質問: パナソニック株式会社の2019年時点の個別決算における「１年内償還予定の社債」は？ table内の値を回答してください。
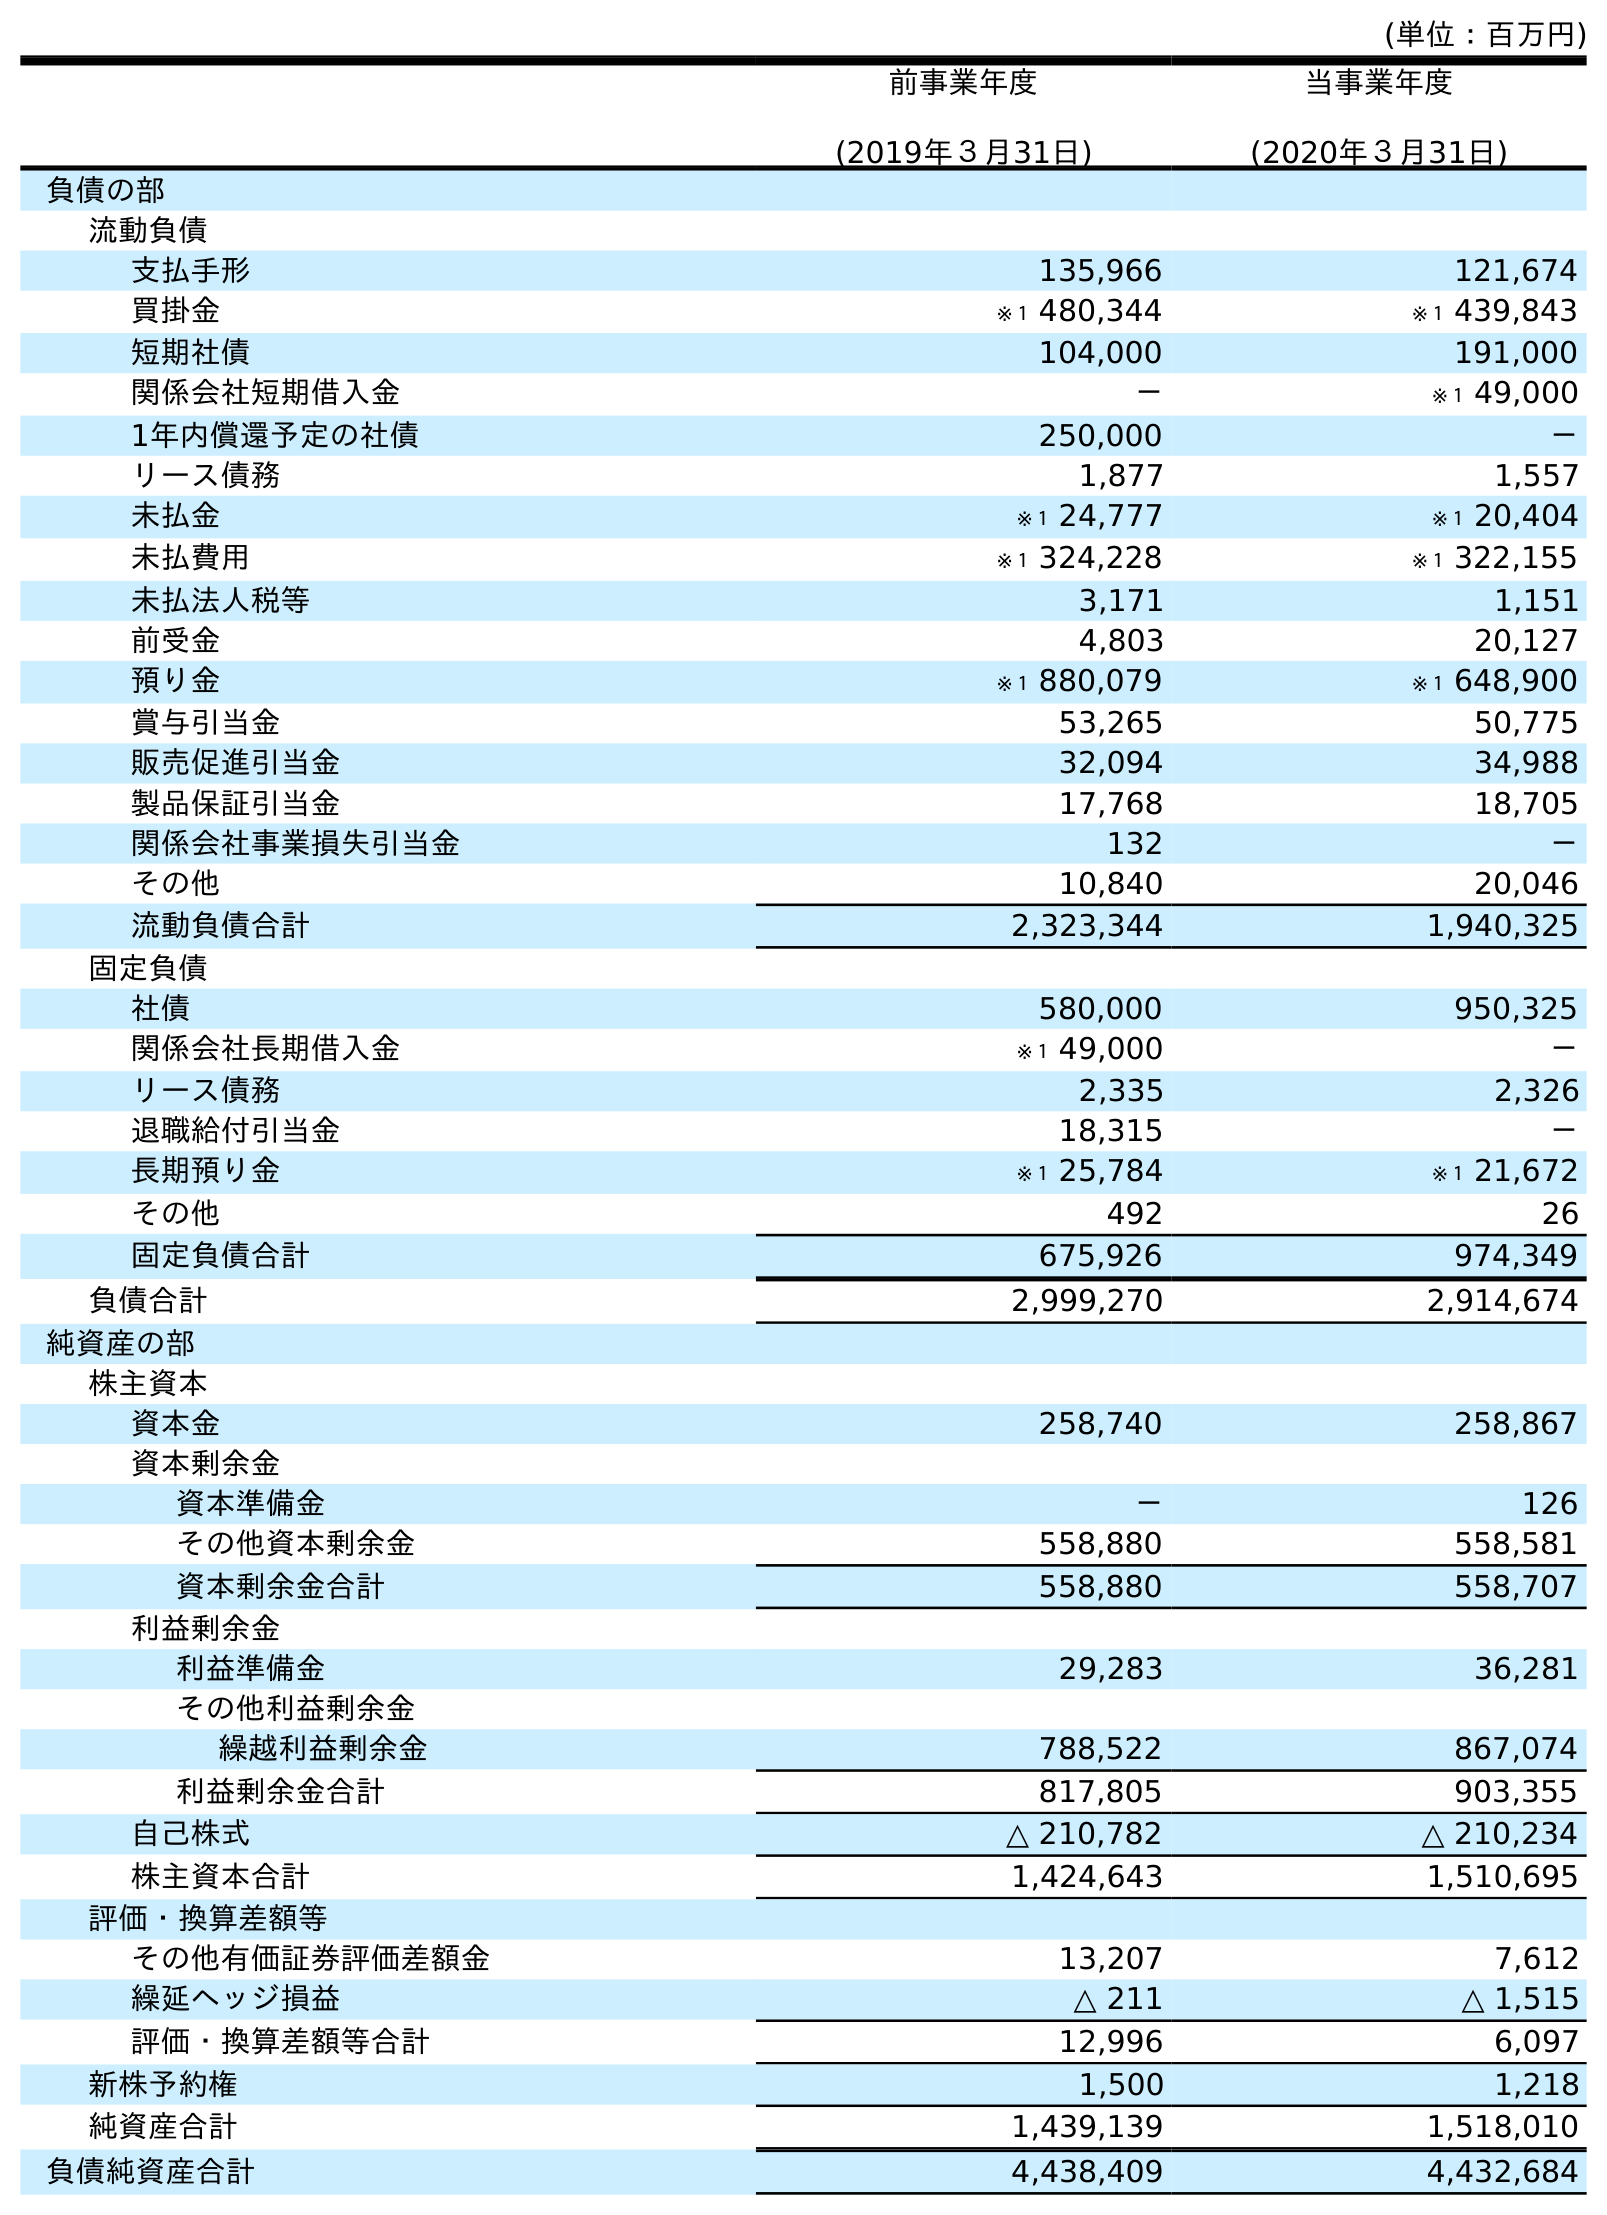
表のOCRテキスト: (単位：百万円) 前事業年度 (2019年３月31日) 当事業年度 (2020年３月31日) 負債の部 流動負債 支払手形 135,966 121,674 買掛金 ※１ 480,344 ※１ 439,843 短期社債 104,000 191,000 関係会社短期借入金 － ※１ 49,000 1年内償還予定の社債 250,000 － リース債務 1,877 1,557 未払金 ※１ 24,777 ※１ 20,404 未払費用 ※１ 324,228 ※１ 322,155 未払法人税等 3,171 1,151 前受金 4,803 20,127 預り金 ※１ 880,079 ※１ 648,900 賞与引当金 53,265 50,775 販売促進引当金 32,094 34,988 製品保証引当金 17,768 18,705 関係会社事業損失引当金 132 － その他 10,840 20,046 流動負債合計 2,323,344 1,940,325 固定負債 社債 580,000 950,325 関係会社長期借入金 ※１ 49,000 － リース債務 2,335 2,326 退職給付引当金 18,315 － 長期預り金 ※１ 25,784 ※１ 21,672 その他 492 26 固定負債合計 675,926 974,349 負債合計 2,999,270 2,914,674 純資産の部 株主資本 資本金 258,740 258,867 資本剰余金 資本準備金 － 126 その他資本剰余金 558,880 558,581 資本剰余金合計 558,880 558,707 利益剰余金 利益準備金 29,283 36,281 その他利益剰余金 繰越利益剰余金 788,522 867,074 利益剰余金合計 817,805 903,355 自己株式 △ 210,782 △ 210,234 株主資本合計 1,424,643 1,510,695 評価・換算差額等 その他有価証券評価差額金 13,207 7,612 繰延ヘッジ損益 △ 211 △ 1,515 評価・換算差額等合計 12,996 6,097 新株予約権 1,500 1,218 純資産合計 1,439,139 1,518,010 負債純資産合計 4,438,409 4,432,684
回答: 250,000